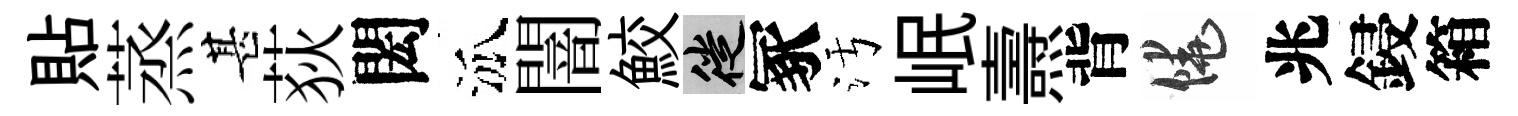
貼蒸甚荻閎泒闇鮫徙冢污岷燾背饒兆鋟箱